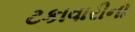
ટકાવારીનો